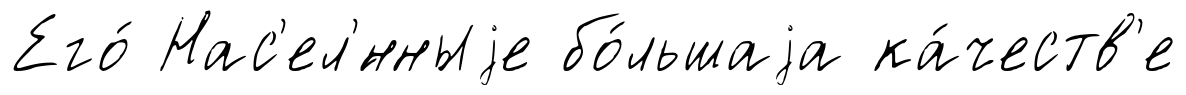
Его́ Нас'ел'́нныjе бо́льшаjа ка́честв'е